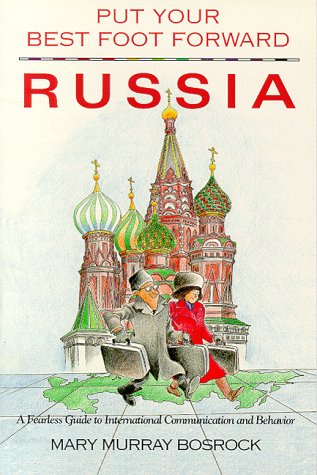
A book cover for Put Your Best Foot Forward Russia: A Fearless Guide to International Communication & Behavior (Put Your Best Foot Forward Bk. 4); Craig J. MacIntosh; Travel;